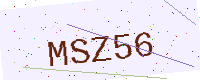
Text: MSZ56